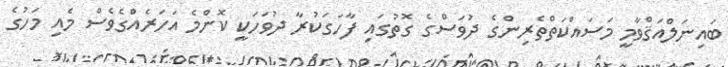
ބައިނަލްއަޤްވާމީ މަސައްކަތްތެރިންގެ ދުވަސްގެ ގޮތުގައި ފާހަގަކުރާ ދުވަހަކީ ކޮންމެ އަހަރެއްގެވެސް މެއި މަހުގެ